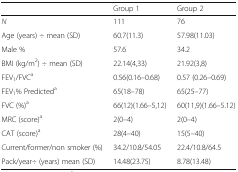
|  | Group 1 | Group 2 |
 | --- | --- | --- |
 | N | 111 | 76 |
 | Age (years) ÷ mean (SD) | 60.7(11.3) | 57.98(11.03) |
 | Male % | 57.6 | 34.2 |
 | BMI (kg/m2) ÷ mean (SD) | 22.14(4,33) | 21.92(3,8) |
 | FEV1/FVCa | 0.56(0.16–0.68) | 0.57 (0.26–0.69) |
 | FEV1% Predicteda | 65(18–78) | 65(25–77) |
 | FVC (%)a | 66(12)(1.66–5,12) | 60(11,9)(1.66–5.12) |
 | MRC (score)a | 2(0–4) | 2(0–4) |
 | CAT (score)a | 28(4–40) | 15(5–40) |
 | Current/former/non smoker (%) | 34.2/10.8/54.05 | 22.4/10.8/64.5 |
 | Pack/year÷ (years) mean (SD) | 14.48(23.75) | 8.78(13.48) |